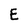
Character: E